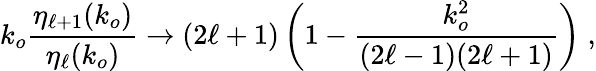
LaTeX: k_{o}\frac{\eta_{\ell+1}(k_{o})}{\eta_{\ell}(k_{o})}\rightarrow(2\ell+1)\left(1-\frac{k_{o}^{2}}{(2\ell-1)(2\ell+1)}\right)\; ,